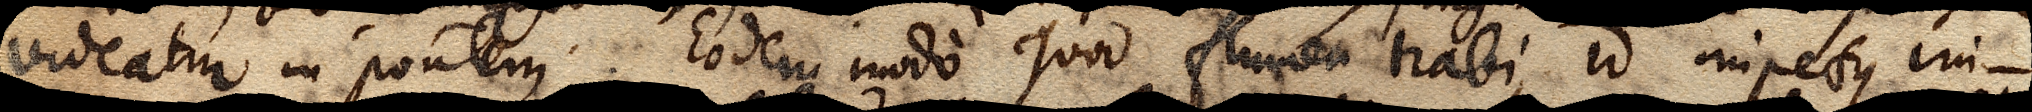
videatur in pontem. Eodem modo quod flumen trabi id impetus im–